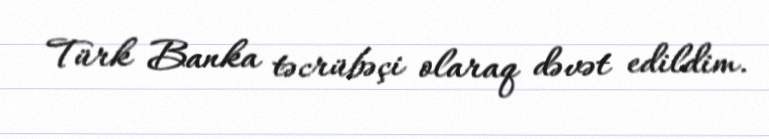
Türk Banka təcrübəçi olaraq dəvət edildim.